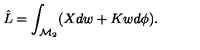
\hat { L } = \int _ { \mathcal { M } _ { 2 } } ( X d w + K w d \phi ) .